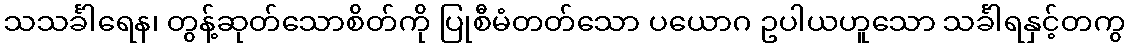
သသင်္ခါရေန၊ တွန့်ဆုတ်သောစိတ်ကို ပြုစီမံတတ်သော ပယောဂ ဥပါယဟူသော သင်္ခါရနှင့်တကွ